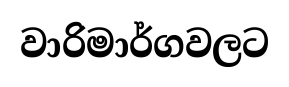
වාරිමාර්ගවලට